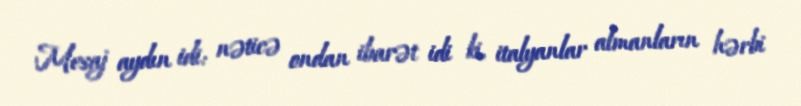
Mesaj aydın idi: nəticə ondan ibarət idi ki, italyanlar almanların hərbi